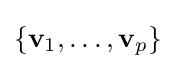
\{\mathbf {v} _{1},\ldots ,\mathbf {v} _{p}\}